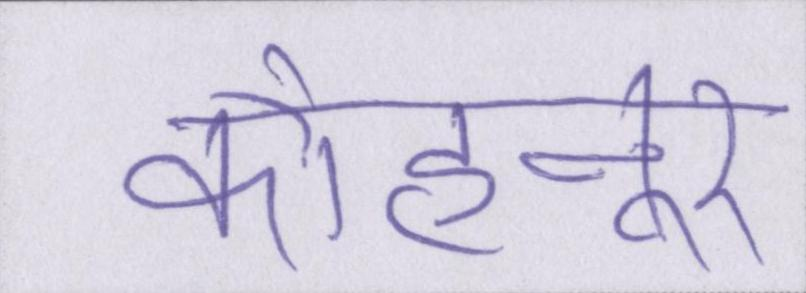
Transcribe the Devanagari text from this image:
कोहनूर